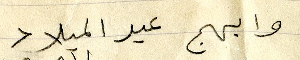
وابهج عيد الميلاد